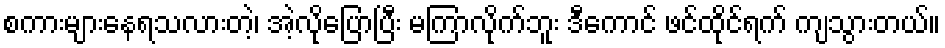
စကားများနေရသလားတဲ့၊ အဲ့လိုပြောပြီး မကြာလိုက်ဘူး ဒီကောင် ဖင်ထိုင်ရက် ကျသွားတယ်။